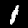
Label: 1